画像に写った文字を読んでください
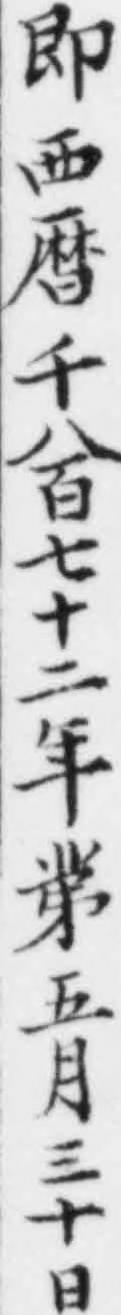
「即西暦千八百七十二年苐五月三十日」と書いてあります